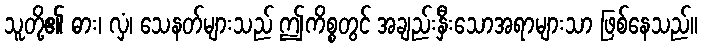
သူတို့၏ ဓား၊ လှံ၊ သေနတ်များသည် ဤကိစ္စတွင် အချည်းနှီးသောအရာများသာ ဖြစ်နေသည်။